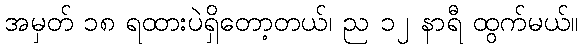
အမှတ် ၁၈ ရထားပဲရှိတော့တယ်၊ ည ၁၂ နာရီ ထွက်မယ်။